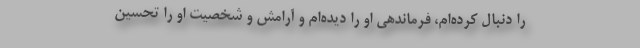
را دنبال کرده‌ام، فرماندهی او را دیده‌ام و آرامش و شخصیت او را تحسین